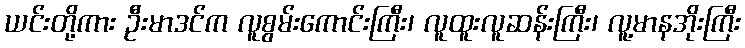
ယင်းတို့ကား ဦးမာဒင်က လူစွမ်းကောင်းကြီး၊ လူထူးလူဆန်းကြီး၊ လူ့မာနအိုးကြီး